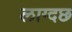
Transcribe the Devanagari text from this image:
लाग्दछ